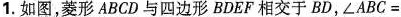
1.如图，菱形 ABCD 与四边形 BDEF 相交于 BD，$$∠ A B C =